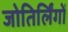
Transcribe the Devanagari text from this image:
जोतिर्लिंगों